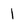
Character: 1